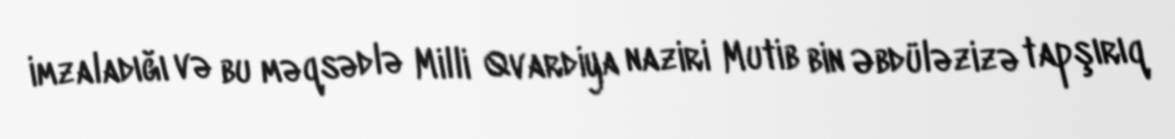
imzaladığı və bu məqsədlə Milli Qvardiya naziri Mutib bin Əbdüləzizə tapşırıq